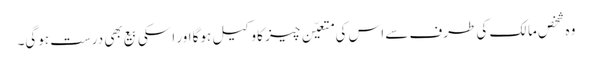
وہ شخص مالک کی طرف سے اس کی متعیّن چیز کا وکیل ہوگا اور اسکی بیع بھی درست ہوگی۔